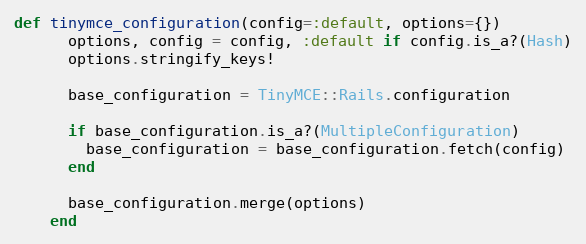
Language: Ruby
def tinymce_configuration(config=:default, options={})
      options, config = config, :default if config.is_a?(Hash)
      options.stringify_keys!

      base_configuration = TinyMCE::Rails.configuration

      if base_configuration.is_a?(MultipleConfiguration)
        base_configuration = base_configuration.fetch(config)
      end

      base_configuration.merge(options)
    end